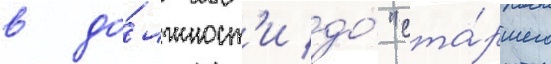
в до́лжност'и до́ "ста́ршего